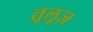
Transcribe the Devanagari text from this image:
तूलूज़